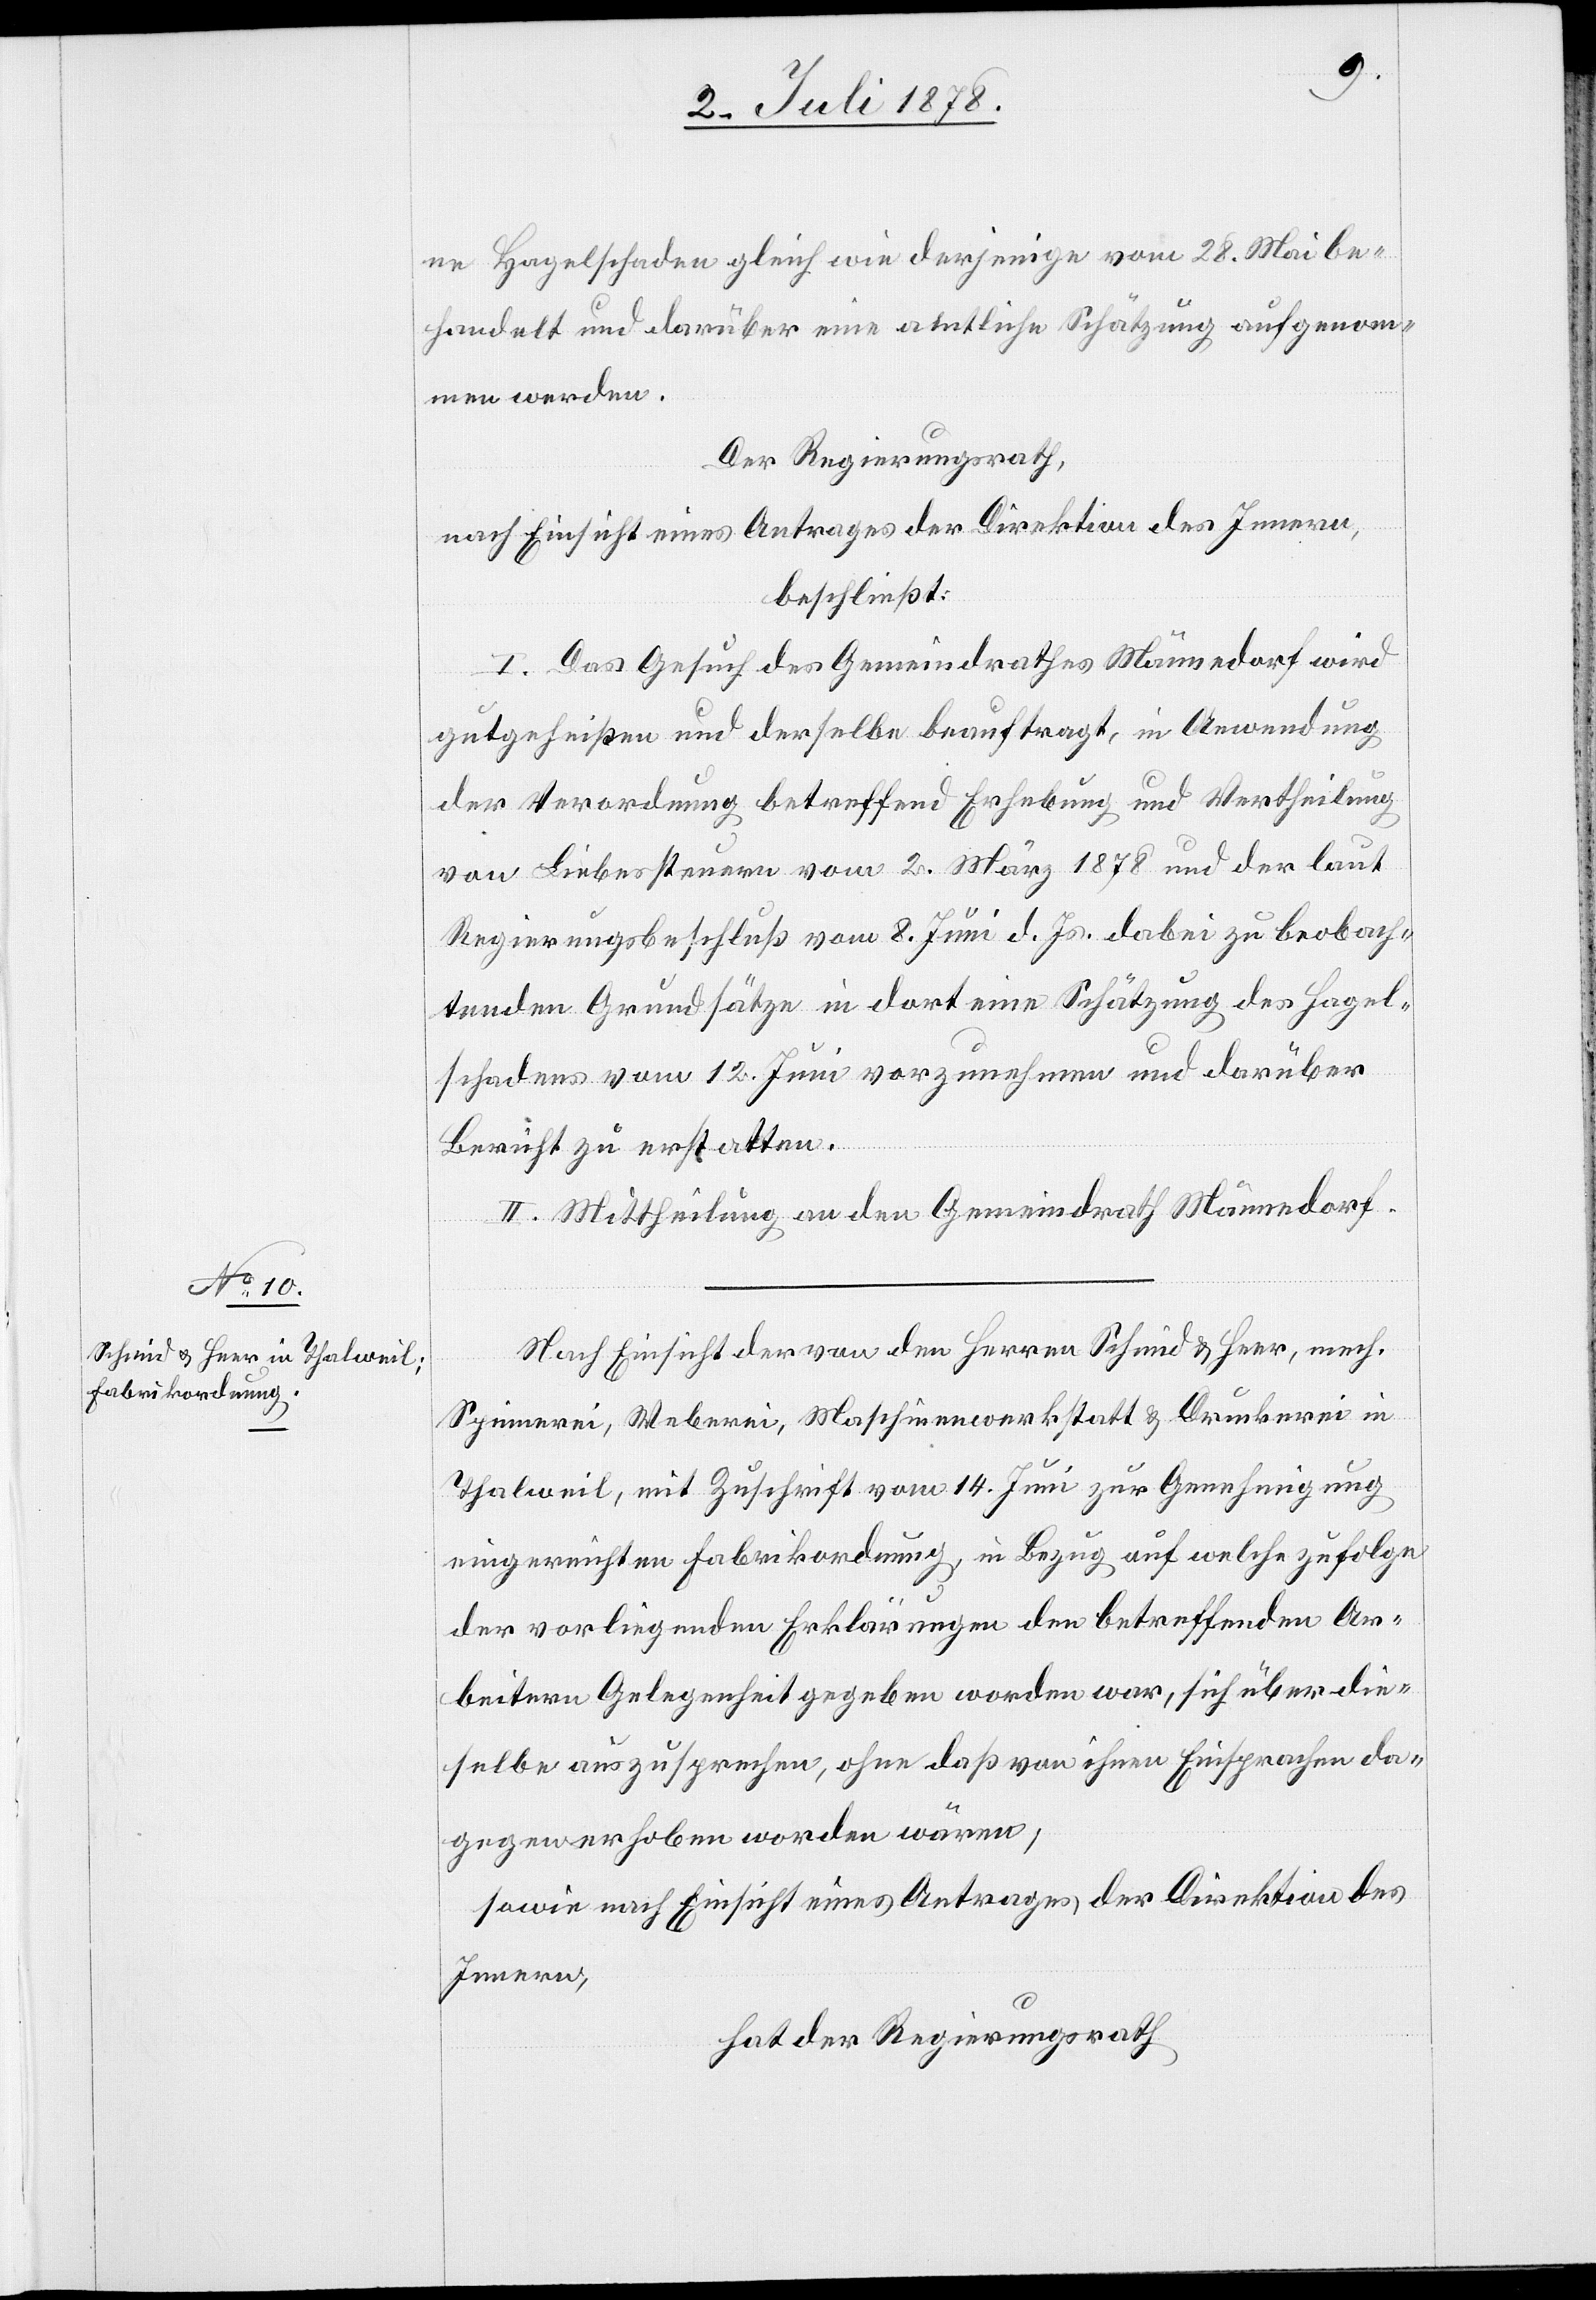
ne Hagelschaden gleich wie derjenige vom 28. Mai be¬
handelt und darüber eine amtliche Schätzung aufgenom¬
men werden.
Der Regierungsrath,
nach Einsicht eines Antrages der Direktion des Innern,
beschließt:
I. Das Gesuch des Gemeindrathes Männedorf wird
gutgeheißen und derselbe beauftragt, in Anwendung
der Verordnung betreffend Erhebung und Vertheilung
von Liebessteuern vom 2. März 1878 und der laut
Regierungsbeschluß vom 8. Juni d. Js. dabei zu beobach¬
tenden Grundsätze in dort eine Schätzung des Hagel¬
schadens vom 12. Juni vorzunehmen und darüber
Bericht zu erstatten.
II. Mittheilung an den Gemeindrath Männedorf.
Nach Einsicht der von den Herren Schmid & Heer, mech.
Spinnerein, Weberei, Maschinenwerkstatt & Druckerei in
Thalweil, mit Zuschrift vom 14. Juni zur Genehmigung
eingereichten Fabrikordnung, in Bezug auf welche zufolge
der vorliegenden Erklärungen den betreffenden Ar¬
beitern Gelegenheit gegeben worden war, sich über die¬
selbe auszusprechen, ohne daß von ihnen Einsprachen da¬
gegen erhoben worden wären;
sowie nach Einsicht eines Antrages der Direktion des
Innern,
hat der Regierungsrath